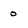
Character: 0